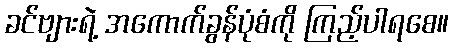
ခင်ဗျားရဲ့ အကောက်ခွန်ပုံစံကို ကြည့်ပါရစေ။